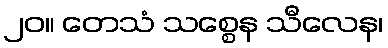
၂၀။ တေသံ သစ္စေန သီလေန၊